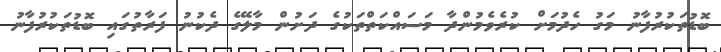
ބޮޑުތަކުރުފާނު މަގު ހެދުމަށް ކުރެވެމުންދާ މަސައްކަތްތަކުގެ ދަށުން މާލޭގެ ދެކުނު ފަރާތުގައި ބޮޑުތަކުރުފާނު